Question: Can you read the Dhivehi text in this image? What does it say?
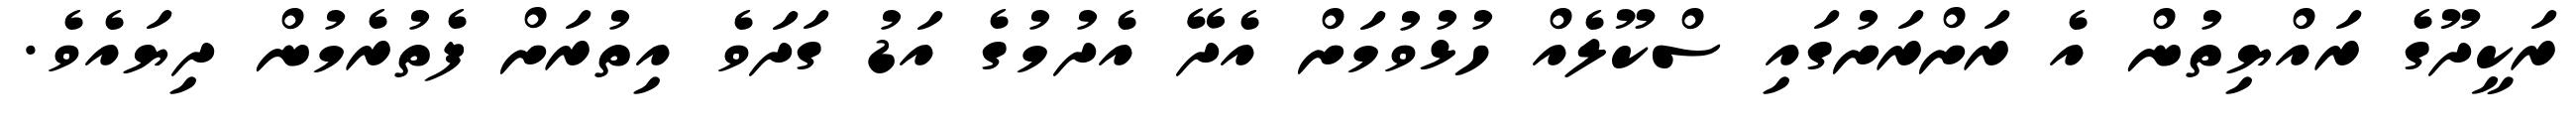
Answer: ރަކީދޫގެ ރައްޔިތުން އެ ރަށްރަށުގައި ސްކޫލެއް ހުޅުވުމަށް އެދޭ އެދުމުގެ އަޑު ގަދަވެ އިތުރަށް ފެތުރެމުން ދިޔައެވެ.